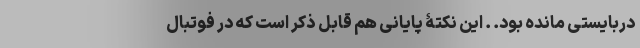
دربایستی مانده بود. . این نکتۀ پایانی هم قابل ذکر است که در فوتبال